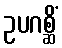
ဥပဂစ္ဆိံ